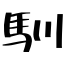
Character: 馴